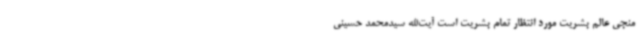
منجی عالم بشریت مورد انتظار تمام بشریت است آیت‌الله سیدمحمد حسینی